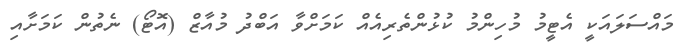
މައްސަލައަކީ އެޓީމު މުހިންމު ކުޅުންތެރިއެއް ކަމަށްވާ އަބްދު މުއާޒް (އޮޓޯ) ނެތުން ކަމަށާއި